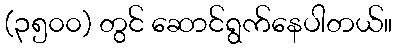
(၃၅၀၀) တွင် ဆောင်ရွက်နေပါတယ်။